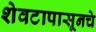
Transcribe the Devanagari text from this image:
शेवटापासूनचे